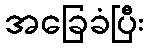
အခြေခံပြီး